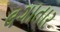
લગાતાર